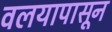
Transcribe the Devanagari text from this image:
वलयापासून